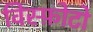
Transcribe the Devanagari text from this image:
विस्फ़ोटो